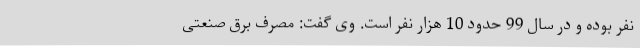
نفر بوده و در سال 99 حدود 10 هزار نفر است. وی گفت: مصرف برق صنعتی